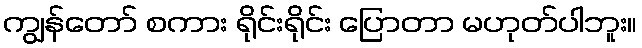
ကျွန်တော် စကား ရိုင်းရိုင်း ပြောတာ မဟုတ်ပါဘူး။